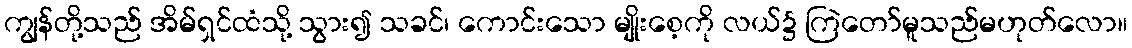
ကျွန်တို့သည် အိမ်ရှင်ထံသို့ သွား၍ သခင်၊ ကောင်းသော မျိုးစေ့ကို လယ်၌ ကြဲတော်မူသည်မဟုတ်လော။